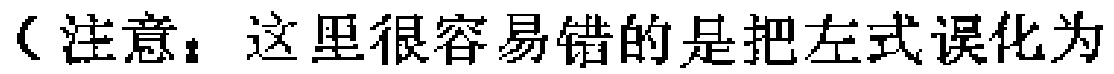
（注意：这里很容易错的是把左式误化为